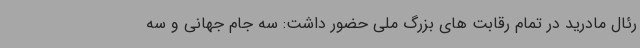
رئال مادرید در تمام رقابت های بزرگ ملی حضور داشت: سه جام جهانی و سه